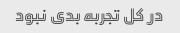
در کل تجربه بدی نبود